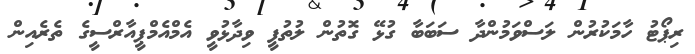
ރިޕޯޓު ހާމަކުރުން ލަސްވަމުންދާ ސަބަބާ ގުޅޭ ގޮތުން ލުތުފީ ވިދާޅުވީ އެމްއެމްޕީއާރްސީގެ ތެރެއިން